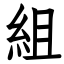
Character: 組